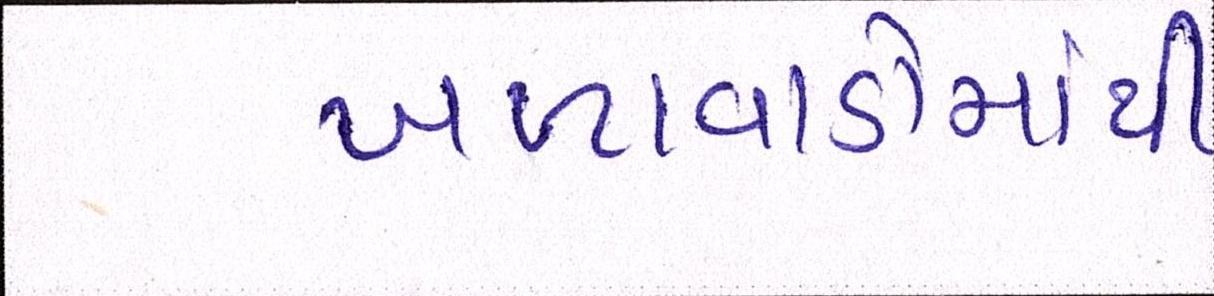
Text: ખળાવાડોમાંથી